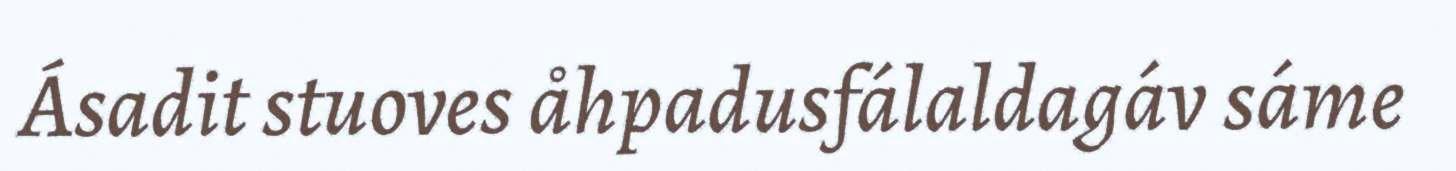
Ásadit stuoves åhpadusfálaldagáv sáme